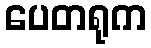
ပေတရုက